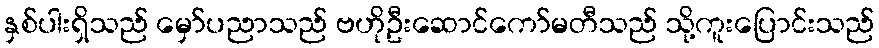
နှစ်ပါးရှိသည် မှော်ပညာသည် ဗဟိုဦးဆောင်ကော်မတီသည် သို့ကူးပြောင်းသည်